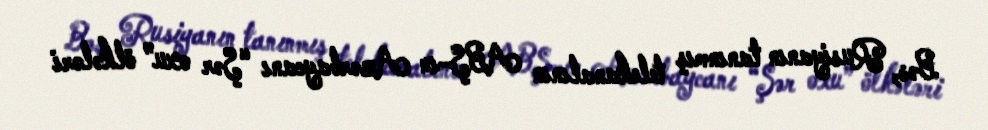
Bəs, Rusiyanın tanınmış telekanalının ABŞ-ın Azərbaycanı “Şər oxu” ölkələri